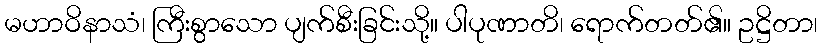
မဟာဝိနာသံ၊ ကြီးစွာသော ပျက်စီးခြင်းသို့။ ပါပုဏာတိ၊ ရောက်တတ်၏။ ဥဋ္ဌိတာ၊